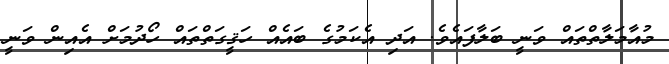
މުއާމަލާތްތައް ވަނީ ބަލާފައެވެ. އަދި އެކަމުގެ ބައެއް ހަޤީގަތްތައް ހޯދުމަށް އެއިން ވަނީ